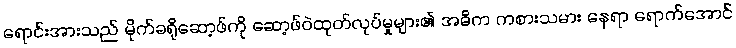
ရောင်းအားသည် မိုက်ခရိုဆော့ဖ်ကို ဆော့ဖ်ဝဲထုတ်လုပ်မှုများ၏ အဓိက ကစားသမား နေရာ ရောက်အောင်